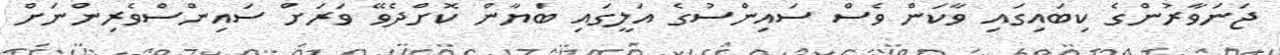
ޖަނަވާރުންގެ ކިބައިގައި ވާކަން ވެސް ސައިންސުގެ އަލީގައި ބަޔާން ކޮށްދެވޭ ވަރަށް ސައިންސްވެރިންނަށް